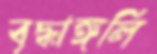
বৃদ্ধাঙ্গলি